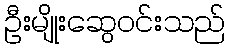
ဦးမျိုးဆွေဝင်းသည်